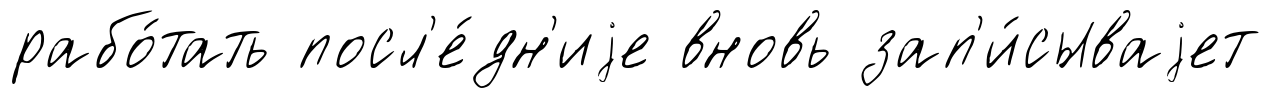
рабо́тать посл'е́дн'иjе вновь зап'и́сываjет